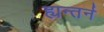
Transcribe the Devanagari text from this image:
ह्यन्तर्न